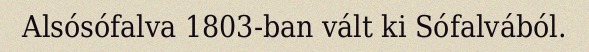
Alsósófalva 1803-ban vált ki Sófalvából.